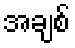
အချစ်